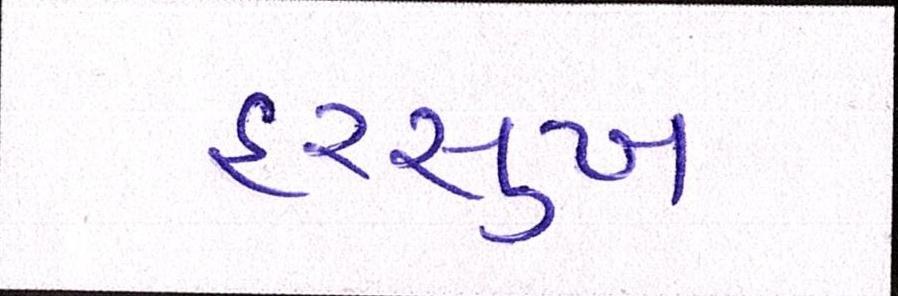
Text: હરસુખ